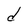
Character: d